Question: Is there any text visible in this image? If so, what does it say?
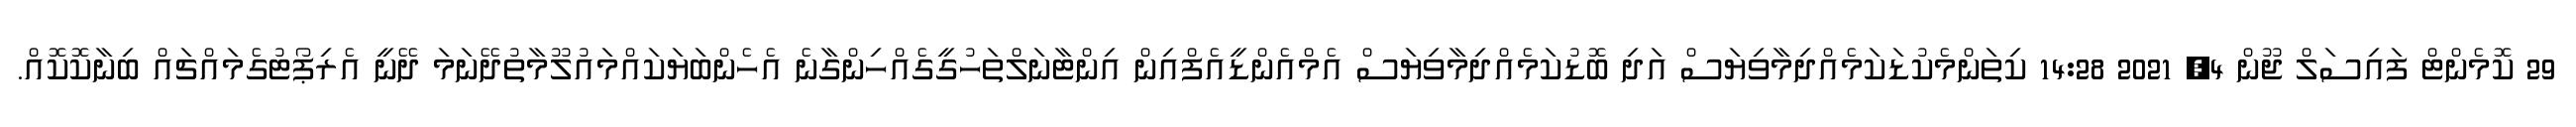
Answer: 29 ކޮމެންޓް ފައިސަލް ޖޫން 4, 2021 14:28 ކިތަންމެކުޑަކަމެއްދިމާވިޔަސް އަދި ބޮޑުކަމެއްދިމާވިޔަސް އެމްއެންޑީއެފްއިން އިންޓާނަލްތަހުގީގެއްހިންގާނެ އެހެންބަޔަކައްމައުލޫމާތުދޭނަމަ ދޭނީ އެރިޕޯޓުގެމައްޗައް ބިނާކޮކޮއް.